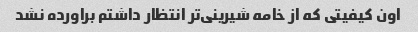
اون کیفیتی که از خامه شیرینی‌تر انتظار داشتم براورده نشد